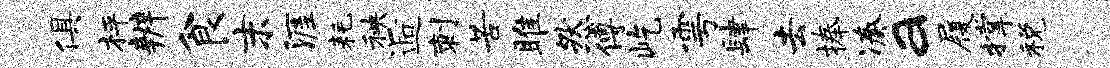
俱枰辨食末涯耗秧逅刺苦雎然傅屹雩肆去捧凑a履撑税